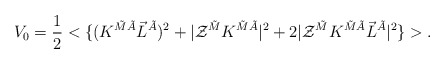
\begin{align*}V_0 = \frac12 <\{ (K^{\tilde M\tilde A} \vec L^{\tilde A})^2 + |{\cal Z}^{\tilde M} K^{\tilde M\tilde A} |^2 + 2 | {\cal Z}^{\tilde M} K^{\tilde M\tilde A} \vec L^{\tilde A} |^2 \} >.\end{align*}